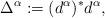
LaTeX: \begin{align*}\Delta^\alpha:=(d^\alpha)^\ast d^\alpha,\end{align*}